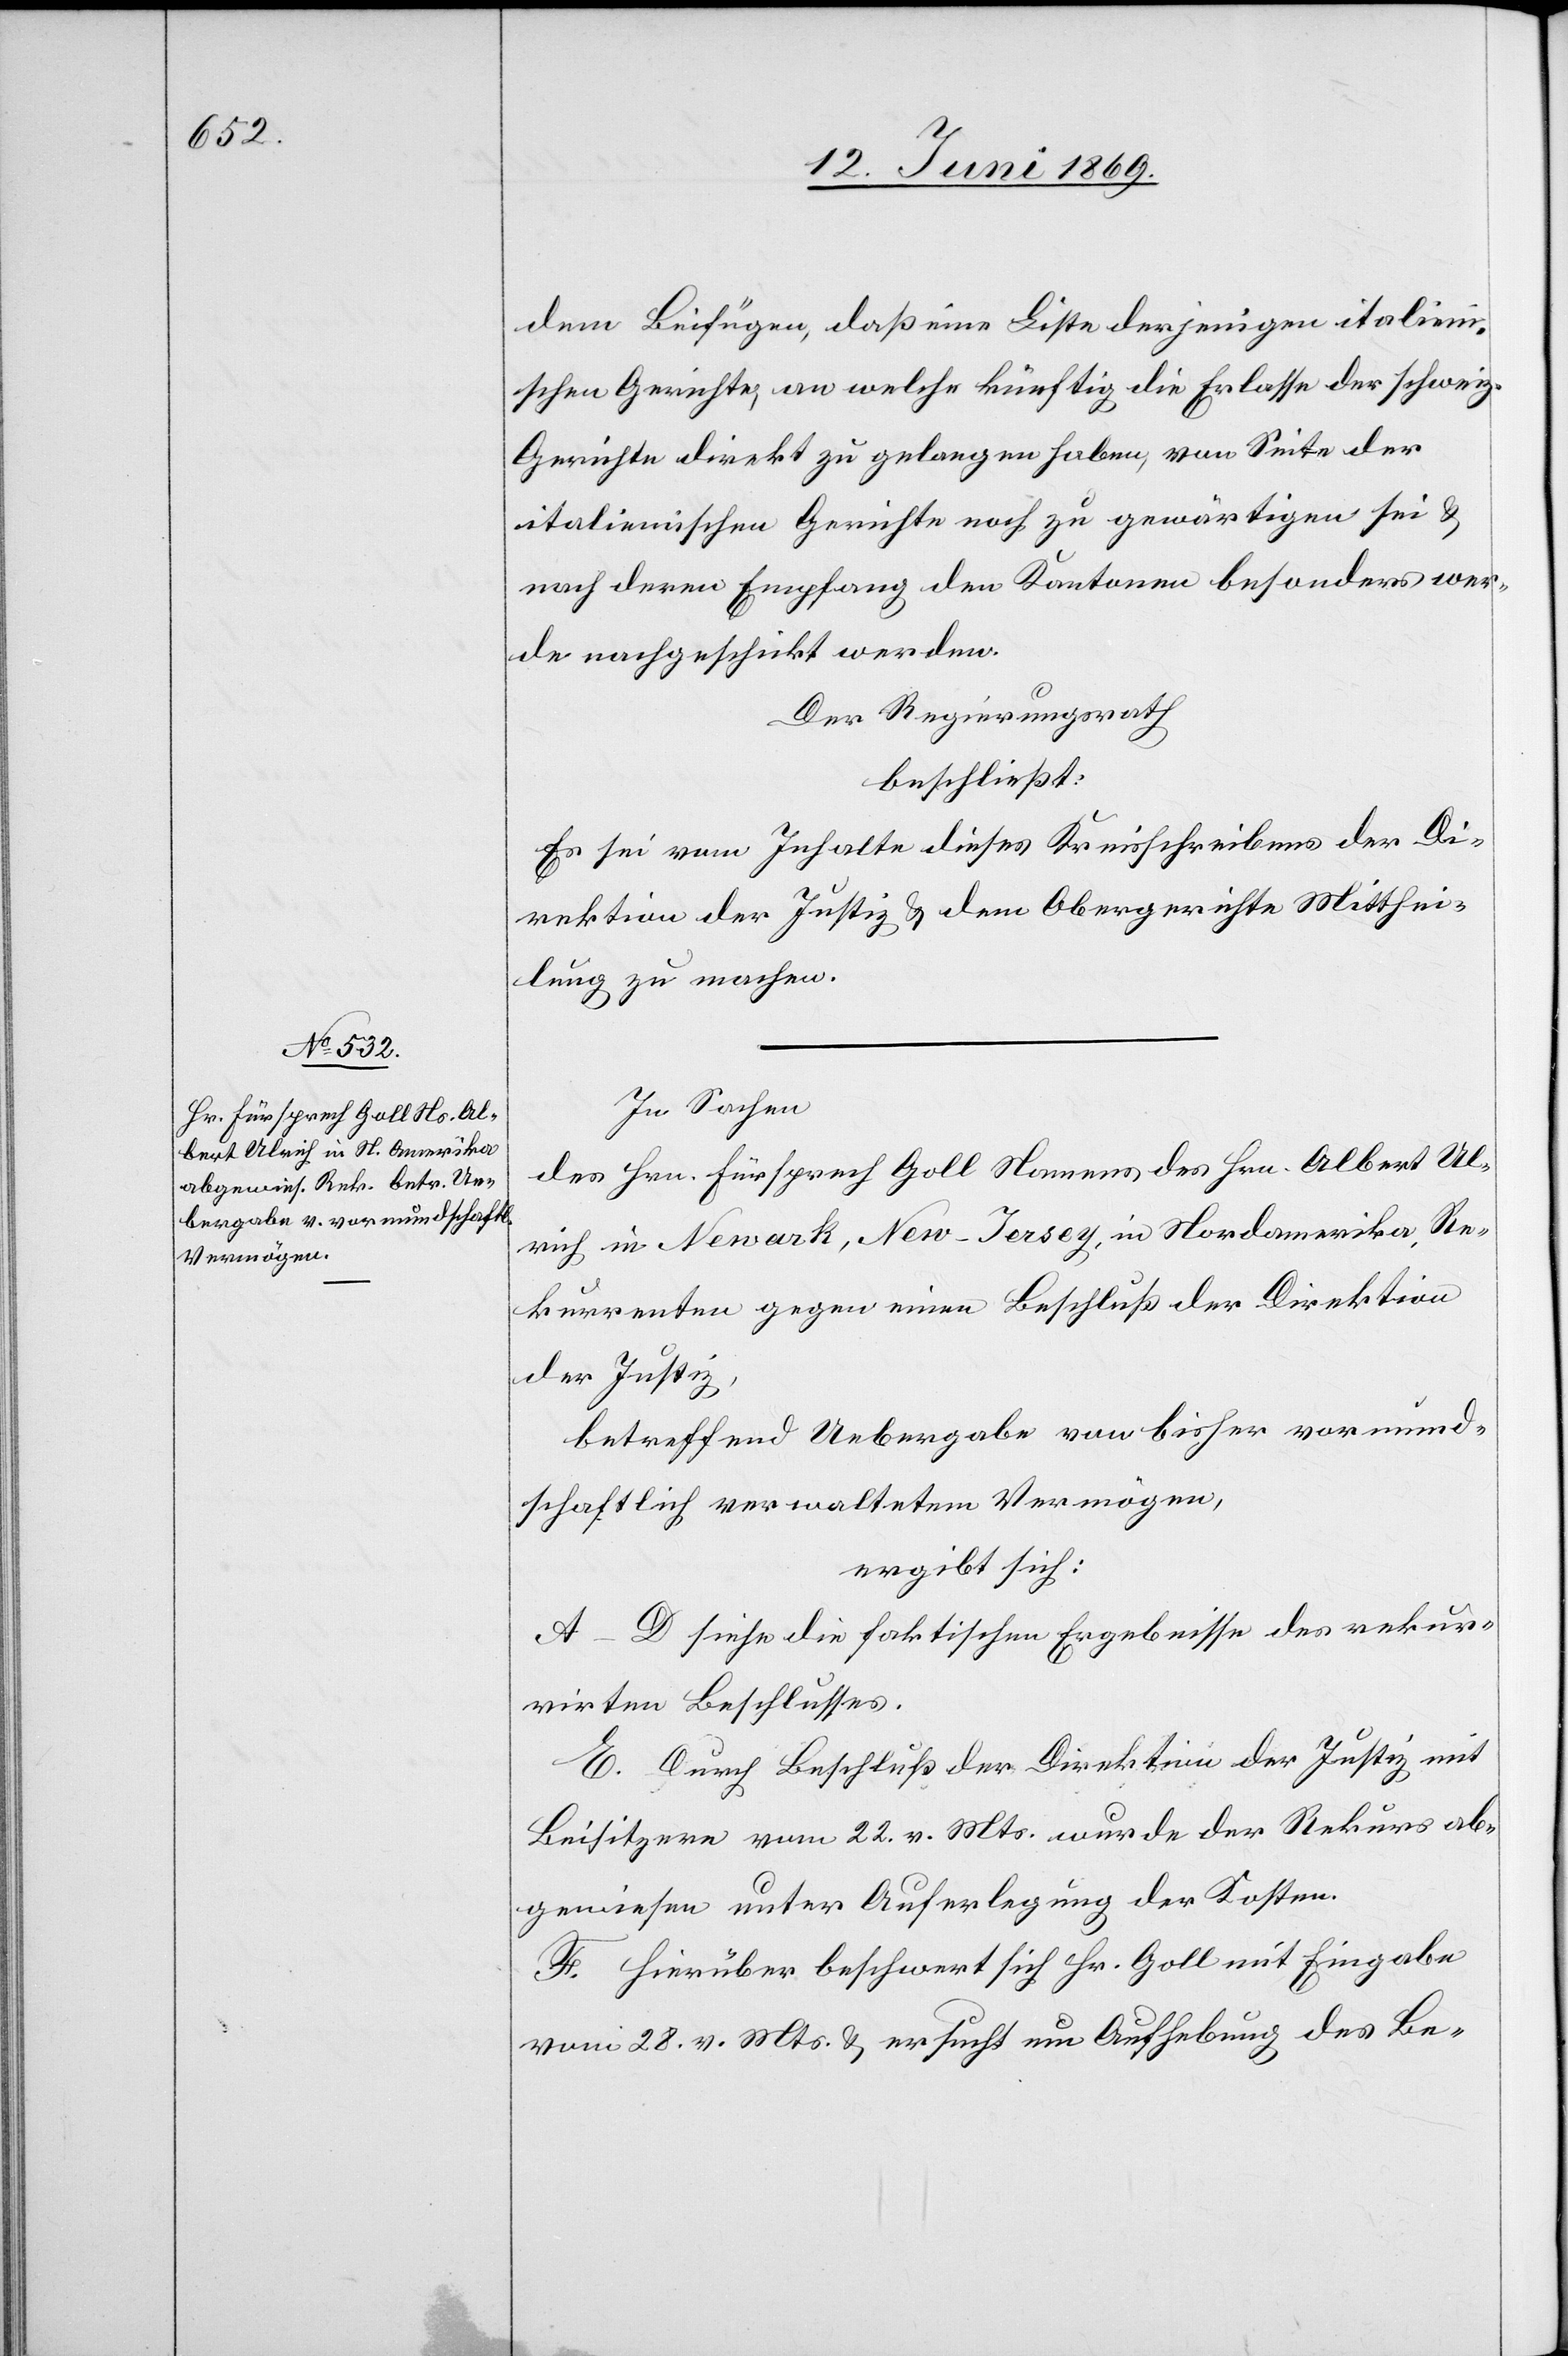
dem Beifügen, daß eine Bitte derjenigen italieni¬
schen Gerichte, an welche künftig die Erlasse der schweiz.
Gerichte direkt zu gelangen haben, von Seite der
italienischen Gerichte noch zu gewärtigen sei u.
nach deren Empfang den Kantonen besonders wer¬
de nachgeschickt werden.
Der Regierungsrath
beschließt:
Es sei vom Inhalte dieses Kreisschreibens der Di¬
rektion der Justiz u. dem Obergerichte Mitthei¬
lung zu machen.
In Sachen
des Hrn. Fürsprech Goll Namens des Hrn. Albert Ul¬
rich in Newark, New-Jersey, in Nordamerika, Re¬
kurrenten gegen einen Beschluß der Direktion
der Justiz,
betreffend Uebergabe von bisher vormund¬
schaftlich verwaltetem Vermögen,
ergibt sich:
A–D siehe die faktischen Ergebnisse des rekur¬
rirten Beschlusses.
E. Durch Beschluß der Direktion der Justiz mit
Beisitzern vom 22 v. Mts. wurde der Rekurs ab¬
gewiesen unter Auferlegung der Kosten.
F. Hierüber beschwert sich Hr. Goll mit Eingabe
vom 28v. Mts. u. ersucht um Aufhebung des Be-